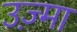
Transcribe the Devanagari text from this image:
उज़्मा